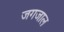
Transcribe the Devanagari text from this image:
जगजाल